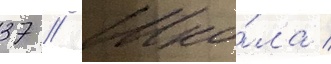
37 // Шко́ла /